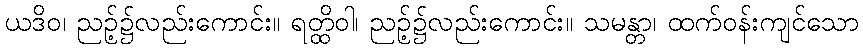
ယဒိဝ၊ ညဉ့်၌လည်းကောင်း။ ရတ္ထိဝါ၊ ညဉ့်၌လည်းကောင်း။ သမန္တာ၊ ထက်ဝန်းကျင်သော